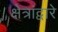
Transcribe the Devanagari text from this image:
क्षेत्रांद्वारे